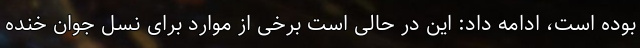
بوده است، ادامه داد: این در حالی است برخی از موارد برای نسل جوان خنده